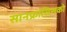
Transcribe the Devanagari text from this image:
सानफ्रांसिसको